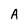
Character: A